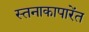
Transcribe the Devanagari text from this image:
स्तनाकापारेंत